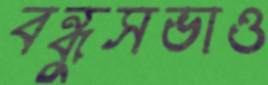
বন্ধুসভাও